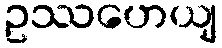
ဥဿဟေယျ